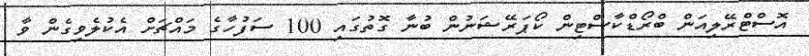
އޮސްޓްރޭލިއަން ބްރޯޑްކާސްޓިން ކޯޕަރޭޝަނުން ބުނާ ގޮތުގައި 100 ސަފުހާގެ މައްޗަށް އެކުލެވިގެން ވާ